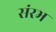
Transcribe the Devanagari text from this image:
संरभ